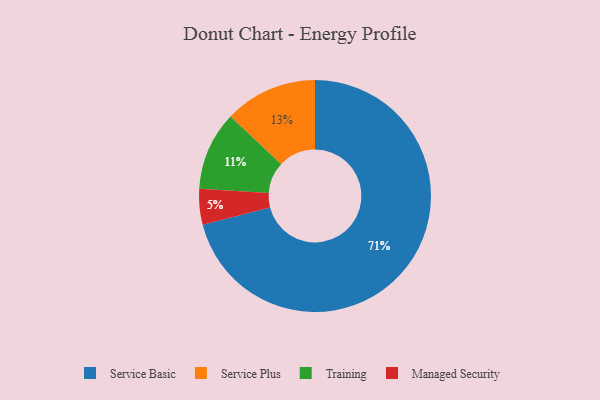
{"axis": {"x": "Category", "y": "Percentage"}, "legend": ["Managed Security", "Service Basic", "Service Plus", "Training"], "data": [{"x": "Service Basic", "y": 71, "type": "Service Basic"}, {"x": "Training", "y": 11, "type": "Training"}, {"x": "Service Plus", "y": 13, "type": "Service Plus"}, {"x": "Managed Security", "y": 5, "type": "Managed Security"}]}